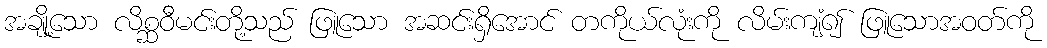
အချို့သော လိစ္ဆဝီမင်းတို့သည် ဖြူသော အဆင်းရှိအောင် တကိုယ်လုံးကို လိမ်းကျံ၍ ဖြူသောအဝတ်ကို